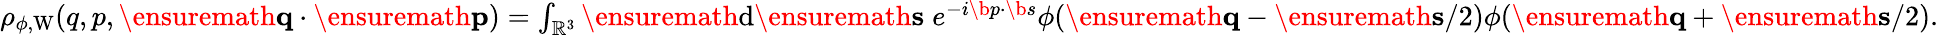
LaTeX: \begin{array}{r}{\rho_{\phi,\mathrm{W}}(q,p,\ensuremath{\mathbf{q}}\cdot\ensuremath{\mathbf{p}})=\int_{\mathbb{R}^{3}}\ensuremath{\mathrm{d}}\ensuremath{\mathbf{s}}\; e^{-i\b{p}\cdot\b{s}}\phi(\ensuremath{\mathbf{q}}-\ensuremath{\mathbf{s}}/2)\phi(\ensuremath{\mathbf{q}}+\ensuremath{\mathbf{s}}/2).}\end{array}